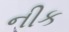
નીક